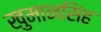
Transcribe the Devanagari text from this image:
खुमानसिंह